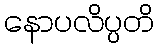
နောပလိပ္ပတိ